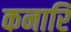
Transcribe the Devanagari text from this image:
कनारि